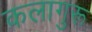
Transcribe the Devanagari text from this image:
कलागुरू